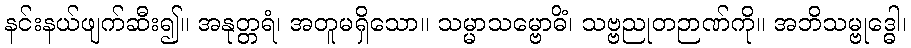
နင်းနယ်ဖျက်ဆီး၍။ အနုတ္တရံ၊ အတူမရှိသော။ သမ္မာသမ္ဗောဓိံ၊ သဗ္ဗညုတဉာဏ်ကို။ အဘိသမ္ဗုဒ္ဓေါ၊